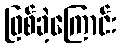
ဖြစ်ခဲ့ကြောင်း